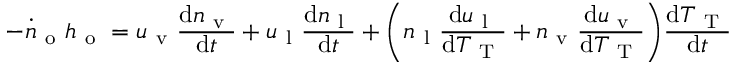
- \dot { n } _ { \mathrm { ~ o ~ } } h _ { \mathrm { ~ o ~ } } = u _ { \mathrm { ~ v ~ } } \frac { \mathrm { d } n _ { \mathrm { ~ v ~ } } } { \mathrm { d } t } + u _ { \mathrm { ~ l ~ } } \frac { \mathrm { d } n _ { \mathrm { ~ l ~ } } } { \mathrm { d } t } + \bigg ( n _ { \mathrm { ~ l ~ } } \frac { \mathrm { d } u _ { \mathrm { ~ l ~ } } } { \mathrm { d } T _ { \mathrm { ~ T ~ } } } + n _ { \mathrm { ~ v ~ } } \frac { \mathrm { d } u _ { \mathrm { ~ v ~ } } } { \mathrm { d } T _ { \mathrm { ~ T ~ } } } \bigg ) \frac { \mathrm { d } T _ { \mathrm { ~ T ~ } } } { \mathrm { d } t }